Vaccination report Assam 1896-1927 - 1896-1927
Year: 1896
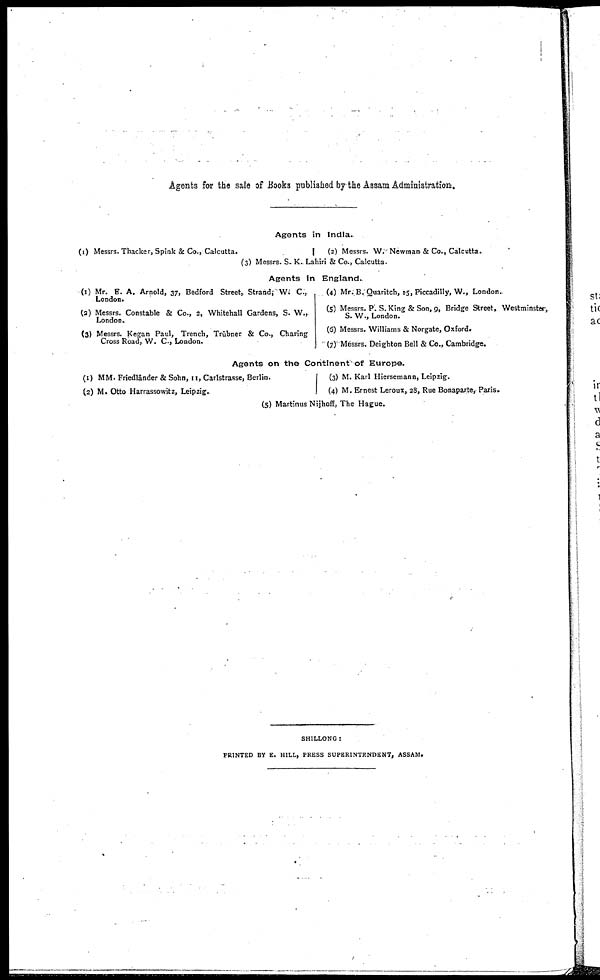
Agents for the sale of Books published by the Assam Administration:.
Agents in India..
(1) Messrs. Thacker, Spink & Co., Calcutta.
(2) Messrs. W. Newman & Co., Calcutta.
(3) Messrs. S. K. Lahiri & Co., Calcutta.
Agents In England.
(1) Mr. E. A. Arnold, 37, Bedford Street, Strand;W. C.,
London.
(2) Messrs. Constable & Co., 2, Whitehall Gardens, S. W.,
London.
(3) Messrs. Kegan Paul, Trench, Trübner & Co., Charing
Cross Road, W. C., London.
(4) Mr. B. Quaritch, 15, Piccadilly, W., London.
(5) Messrs. P. S. King & Son, 9, Bridge Street, Westminster,.
S. W., London.
(6) Messrs. Williams & Norgate, Oxford.
(7) Messrs. Deighton Bell & Co., Cambridge.
Agents on the Continent of Europe.
(1) MM. Friedländer & Sohn, 11, Carlstrasse, Berlin.
(2) M. Otto Harrassowitz, Leipzig.
(3) M. Karl Hiersemann, Leipzig.
(4) M. Ernest Leroux, 28, Rue Bonaparte, Paris.
(5) Martinus Nijhoff, The Hague.
SHILLONG :
PRINTED BY E. HILL, PRESS SUPERINTENDENT, ASSAM.